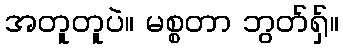
အတူတူပဲ။ မစ္စတာ ဘွတ်ရှ်။